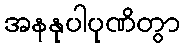
အနနုပါပုဏိတွာ